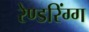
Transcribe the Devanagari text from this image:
रेण्डरिंग्ग